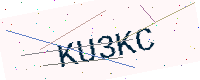
Text: KU3KC